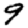
Digit: 9